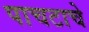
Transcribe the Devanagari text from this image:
पाचटाचे